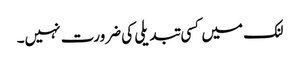
لنک میں کسی تبدیلی کی ضرورت نہیں۔